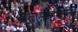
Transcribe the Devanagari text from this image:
न्यासमंजिरीत